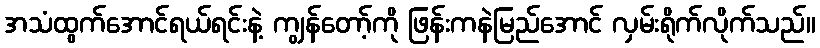
အသံထွက်အောင်ရယ်ရင်းနဲ့ ကျွန်တော့်ကို ဖြန်းကနဲမြည်အောင် လှမ်းရိုက်လိုက်သည်။